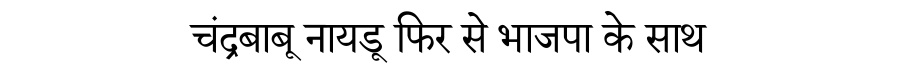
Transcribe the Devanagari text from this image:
चंद्रबाबू नायडू फिर से भाजपा के साथ